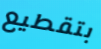
بتقطيع